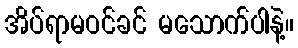
အိပ်ရာမဝင်ခင် မသောက်ပါနဲ့။